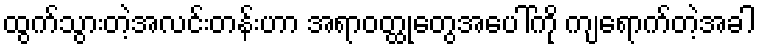
ထွက်သွားတဲ့အလင်းတန်းဟာ အရာဝတ္ထုတွေအပေါ်ကို ကျရောက်တဲ့အခါ